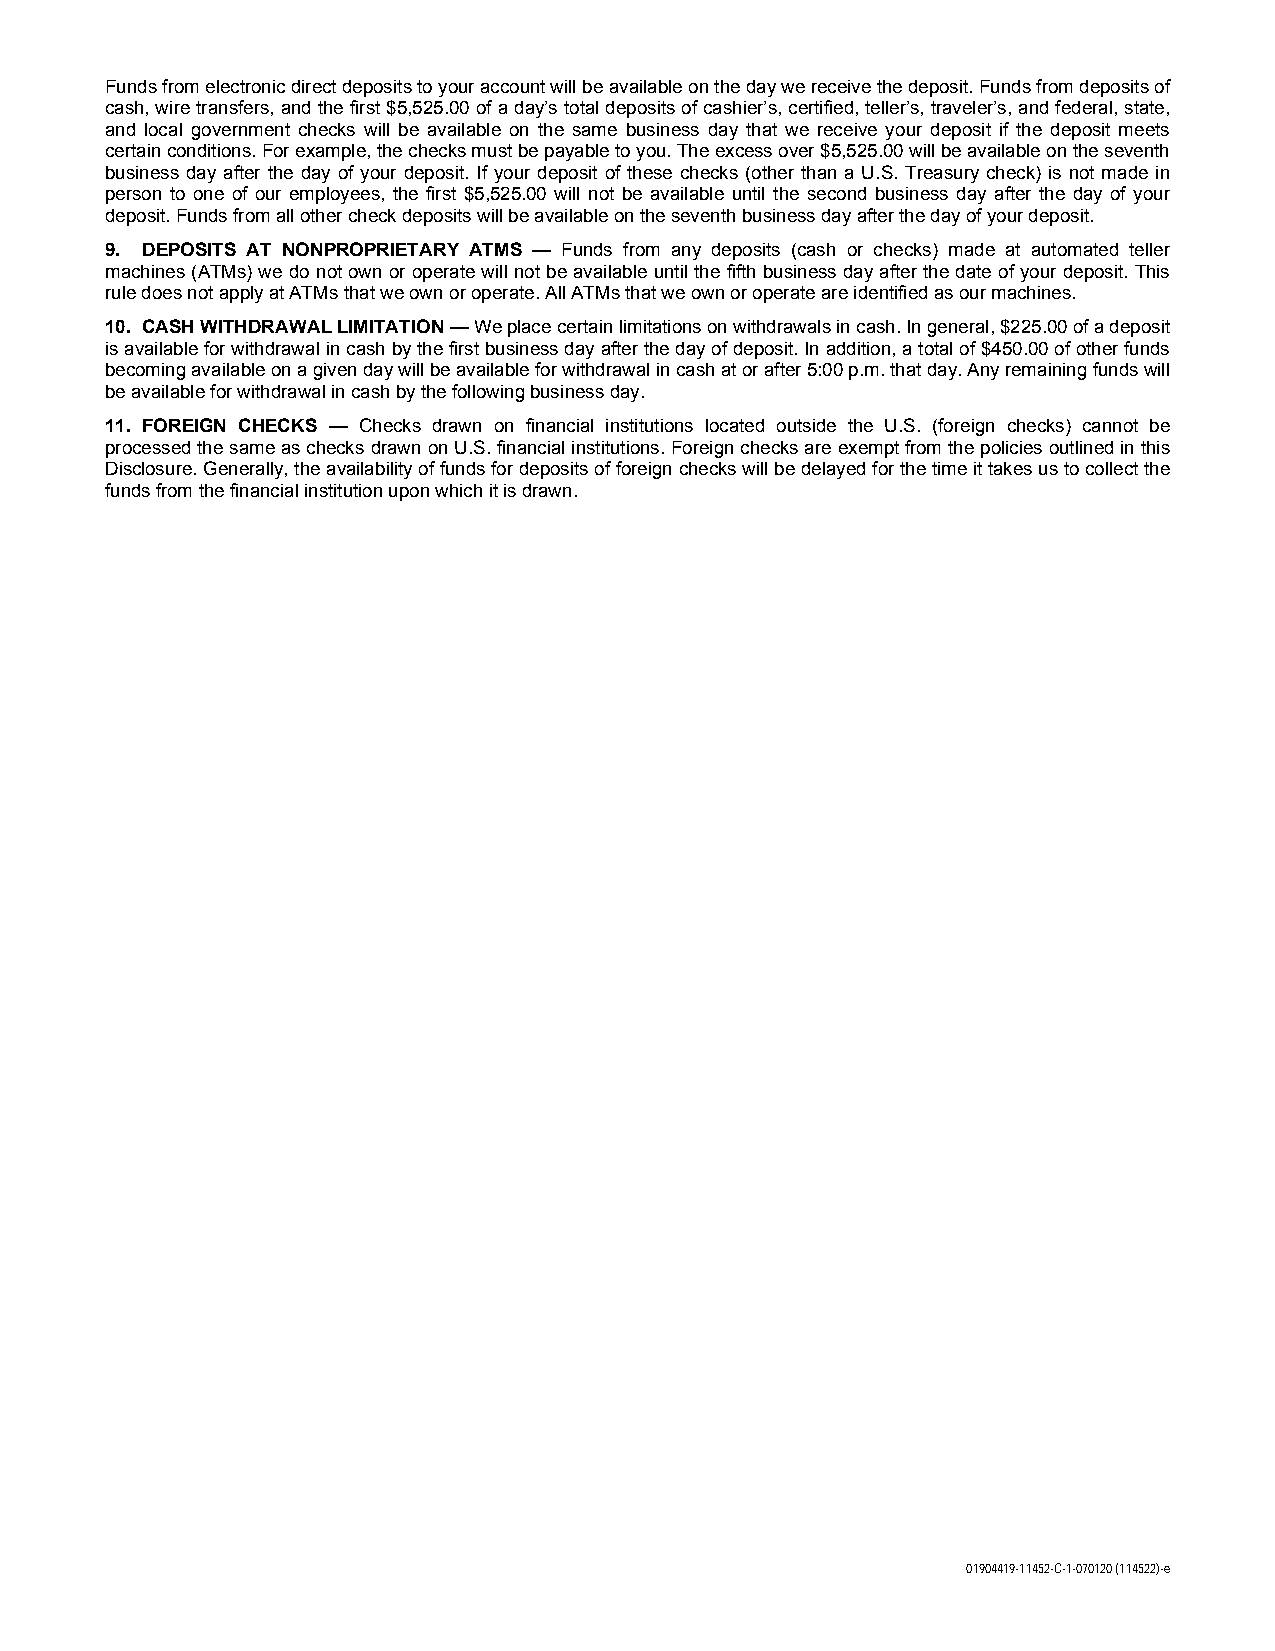
Funds from electronic direct deposits to your account will be available on the day we receive the deposit. Funds from deposits of
 cash, wire transfers, and the first $5,525.00 of a day’s total deposits of cashier’s, certified, teller’s, traveler’s, and federal, state,
 and local government checks will be available on the same business day that we receive your deposit if the deposit meets
 certain conditions. For example, the checks must be payable to you. The excess over $5,525.00 will be available on the seventh
 business day after the day of your deposit. If your deposit of these checks (other than a U.S. Treasury check) is not made in
 person to one of our employees, the first $5,525.00 will not be available until the second business day after the day of your
 deposit. Funds from all other check deposits will be available on the seventh business day after the day of your deposit.
 9. DEPOSITS AT NONPROPRIETARY ATMS — Funds from any deposits (cash or checks) made at automated teller
 machines (ATMs) we do not own or operate will not be available until the fifth business day after the date of your deposit. This
 rule does not apply at ATMs that we own or operate. All ATMs that we own or operate are identified as our machines.
 10. CASH WITHDRAWAL LIMITATION — We place certain limitations on withdrawals in cash. In general, $225.00 of a deposit
 is available for withdrawal in cash by the first business day after the day of deposit. In addition, a total of $450.00 of other funds
 becoming available on a given day will be available for withdrawal in cash at or after 5:00 p.m. that day. Any remaining funds will
 be available for withdrawal in cash by the following business day.
 11. FOREIGN CHECKS — Checks drawn on financial institutions located outside the U.S. (foreign checks) cannot be
 processed the same as checks drawn on U.S. financial institutions. Foreign checks are exempt from the policies outlined in this
 Disclosure. Generally, the availability of funds for deposits of foreign checks will be delayed for the time it takes us to collect the
 funds from the financial institution upon which it is drawn.
 01904419-11452-C-1-070120 (114522)-e